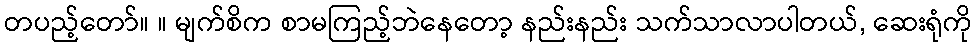
တပည့်တော်။ ။ မျက်စိက စာမကြည့်ဘဲနေတော့ နည်းနည်း သက်သာလာပါတယ်, ဆေးရုံကို